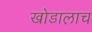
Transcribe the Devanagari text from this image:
खोडालाच